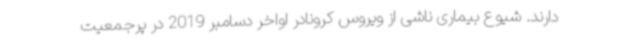
دارند. شیوع بیماری ناشی از ویروس کرونادر اواخر دسامبر 2019 در پرجمعیت